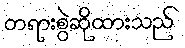
တရားစွဲဆိုထားသည်